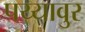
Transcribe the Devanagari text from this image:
पय्यावुर